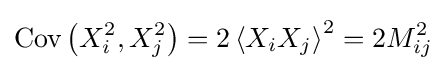
\operatorname {Cov} \left(X_{i}^{2},X_{j}^{2}\right)=2\left\langle X_{i}X_{j}\right\rangle ^{2}=2M_{ij}^{2}